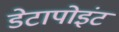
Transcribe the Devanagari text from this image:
डेटापोइंट